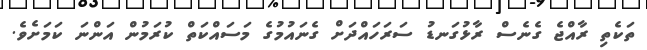
ތަކެތި ރާއްޖެ ގެނެސް ރާޅުގަނޑު ސަރަހައްދަށް ގެނައުމުގެ މަސައްކަތް ކުރަމުން އަންނަ ކަމަށެވެ.